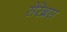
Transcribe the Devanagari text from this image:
सेरेब्रस